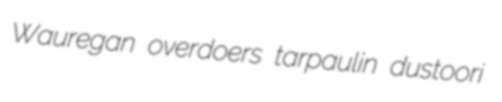
Wauregan overdoers tarpaulin dustoori